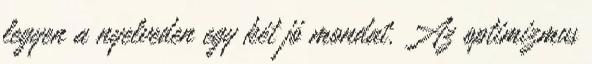
legyen a nyelveden egy két jó mondat. Az optimizmus